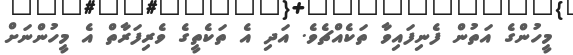
މީހުންގެ އަތުން ފެނިފައިވާ ތަކެއްޗެވެ. އަދި އެ ތަކެތީގެ ވެރިފަރާތް އެ މީހުންނަށް